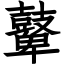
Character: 鼙